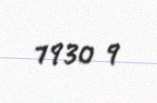
1930 q